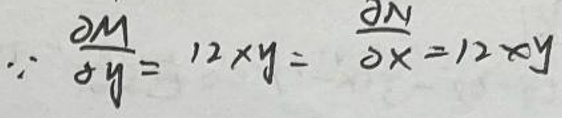
\[
\because \frac{\partial M}{\partial y}=12xy=\frac{\partial N}{\partial x}=12xy
\]